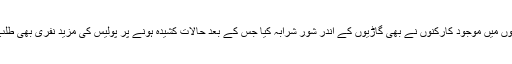
قیدی ویگنوں میں موجود کارکنوں نے بھی گاڑیوں کے اندر شور شرابہ کیا جس کے بعد حالات کشیدہ ہونے پر پولیس کی مزید نفری بھی طلب کی گئی۔